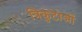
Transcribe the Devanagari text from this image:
त्रिकुटाओं